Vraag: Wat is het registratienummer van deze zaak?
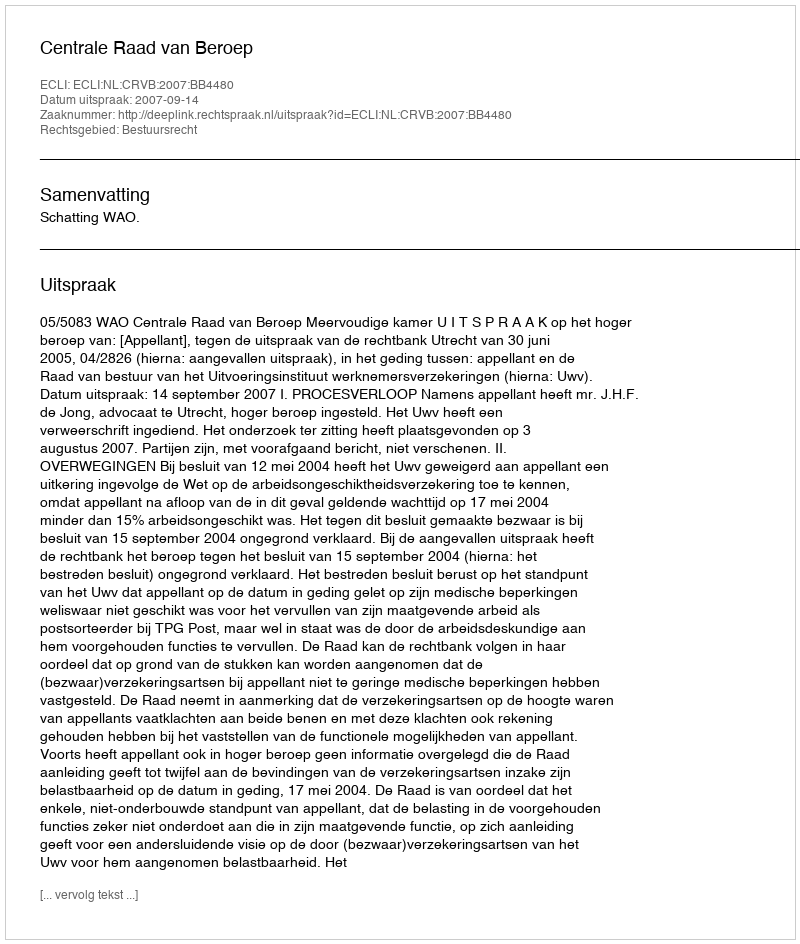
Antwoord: http://deeplink.rechtspraak.nl/uitspraak?id=ECLI:NL:CRVB:2007:BB4480